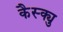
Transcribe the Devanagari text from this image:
कैस्क्यु